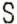
S